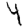
Digit: 4